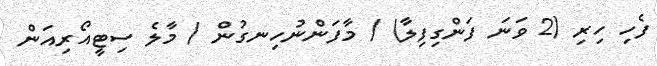
ފެހި ހިރި (2 ވަނަ ފަންގިފިލާ) / މާފަންނުހިނގުން / މާލެ ސިޓީއޯރިއަން